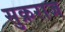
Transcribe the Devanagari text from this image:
सुक्रराज